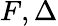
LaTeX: F,\Delta